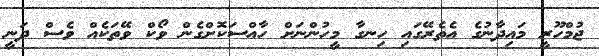
ޖުމްހޫރީ މައިދާނުގެ އެތެރޭގައި ހިނގާ މީހުންނަށް ހާއްސަކޮށްގެން ވޯކް ވޭތަކެއް ވެސް ދަނީ